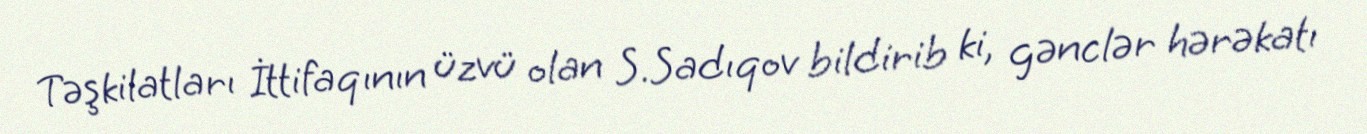
Təşkilatları İttifaqının üzvü olan S.Sadıqov bildirib ki, gənclər hərəkatı